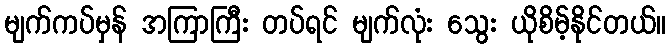
မျက်ကပ်မှန် အကြာကြီး တပ်ရင် မျက်လုံး သွေး ယိုစိမ့်နိုင်တယ်။